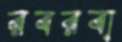
রবরবা